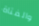
والفتاة